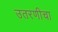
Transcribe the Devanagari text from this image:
उतरणीचा